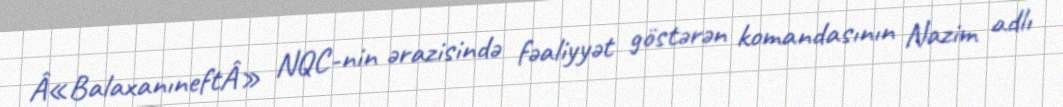
Â«BalaxanıneftÂ» NQC-nin ərazisində fəaliyyət göstərən komandasının Nazim adlı